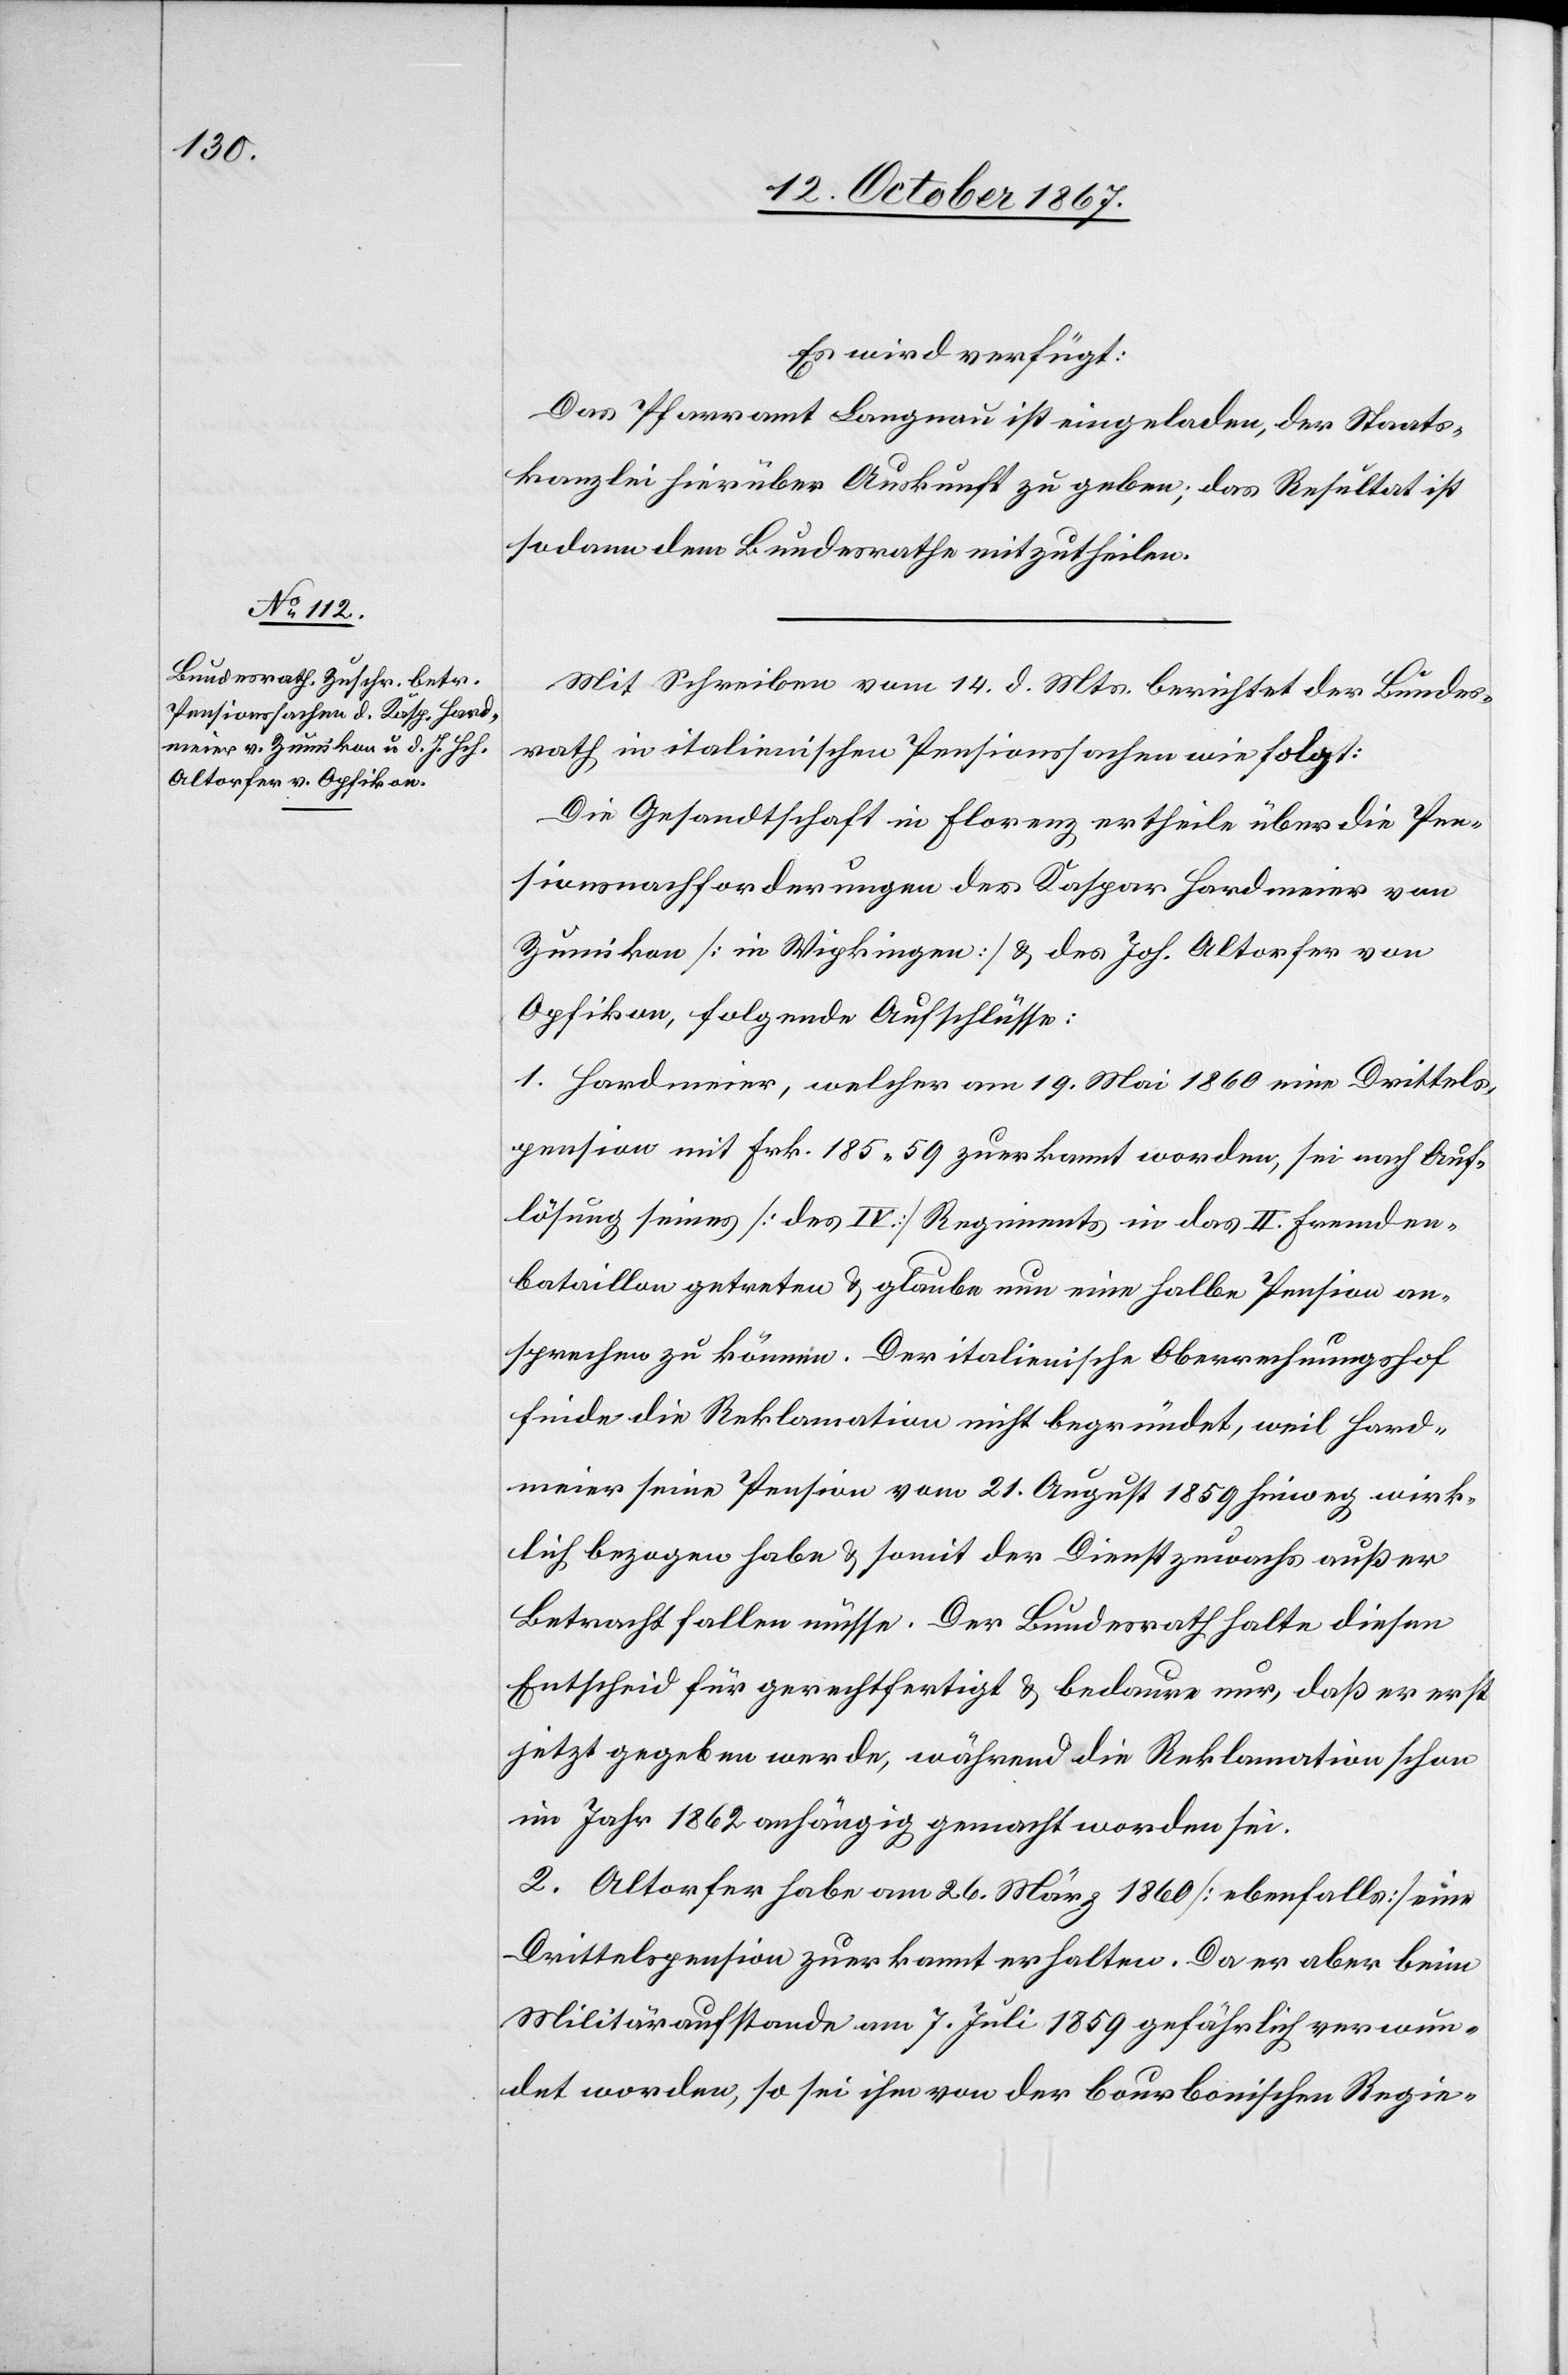
16. October 1867.]
Es wird verfügt:
Das Pfarramt Langnau ist eingeladen, der Staats¬
kanzlei hierüber Auskunft zu geben; das Resultat ist
sodann dem Bundesrathe mitzutheilen.
Mit Schreiben vom 14. d. Mts. berichtet der Bundes¬
rath in italienischen Pensionssachen wie folgt:
Die Gesandtschaft in Florenz ertheile über die Pen¬
sionssnachforderungen des Kaspar Hardmeier von
Zumikon [in Wipkingen] u. des Joh. Altorfer von
Opfikon, folgende Aufschlüsse:
1. Hardmeier, welcher am 19. Mai 1860 eine Drittels¬
pension mit Frk. 185.59 zuerkannt worden, sei nach Auf¬
lösung seines [des IV.] Regiments in das II. Fremden¬
bataillon getreten u. glaube nun eine halbe Pension an¬
sprechen zu können. Der italienische Oberrechnungshof
finde die Reklamation nicht begründet, weil Hard¬
meier seine Pension vom 21. August 1850 hinweg wirk¬
lich bezogen habe u. somit der Dienstzuwachs außer
Betracht fallen müsse. Der Bundesrath halte diesen
Entscheid für gerechtfertigt u. bedaure nur, daß er erst
jetzt gegeben werde, während die Reklamation schon
im Jahr 1862 anhängig gemacht worden sei.
2. Altorfer habe am 26. März 1860 [ebenfalls] eine
Drittelspension zuerkannt erhalten. Da er aber beim
Militäraufstande am 7. Juli 1859 gefährlich verwun¬
det worden, so sei ihm von der bourbonischen Regie-